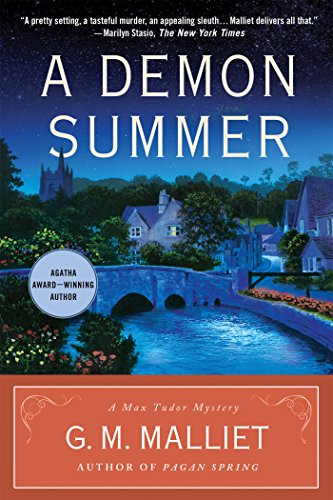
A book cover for A Demon Summer: A Max Tudor Mystery (A Max Tudor Novel); G. M. Malliet; Mystery, Thriller & Suspense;